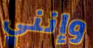
وإنني